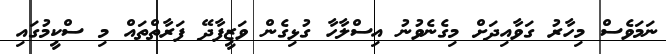
ނަމަވެސް މިހާރު ގަވާއިދަށް މިގެނެވުނު އިސްލާހާ ގުޅިގެން ވަޒީފާދޭ ފަރާތްތައް މި ސްކީމުގައި